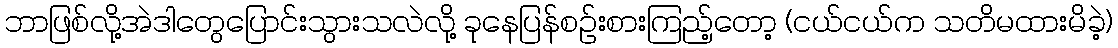
ဘာဖြစ်လို့အဲဒါတွေပြောင်းသွားသလဲလို့ ခုနေပြန်စဉ်းစားကြည့်တော့ (ငယ်ငယ်က သတိမထားမိခဲ့)